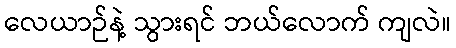
လေယာဉ်နဲ့ သွားရင် ဘယ်လောက် ကျလဲ။